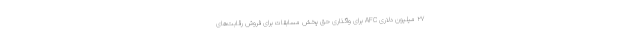
۲۷ میلیون دلاری AFC برای واگذاری حق پخش مسابقات برای فروش رقابت‌های